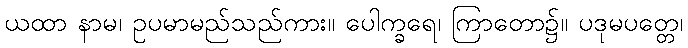
ယထာ နာမ၊ ဥပမာမည်သည်ကား။ ပေါက္ခရေ၊ ကြာတော၌။ ပဒုမပတ္တေ၊